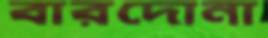
বারদোনা